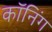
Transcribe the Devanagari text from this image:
कॉनिंग